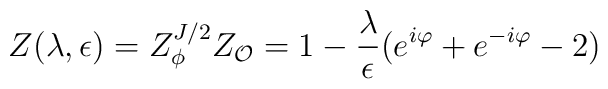
Z(\lambda,\epsilon)=Z_{\phi}^{J/2}Z_{\cal O}=1-{\lambda\over\epsilon}(e^{i\varphi}+e^{-i\varphi}-2)